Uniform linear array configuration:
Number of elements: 24
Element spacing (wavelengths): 0.5
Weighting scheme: hamming
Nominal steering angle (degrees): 60
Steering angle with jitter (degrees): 59.144
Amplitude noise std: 0.05
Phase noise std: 0.05

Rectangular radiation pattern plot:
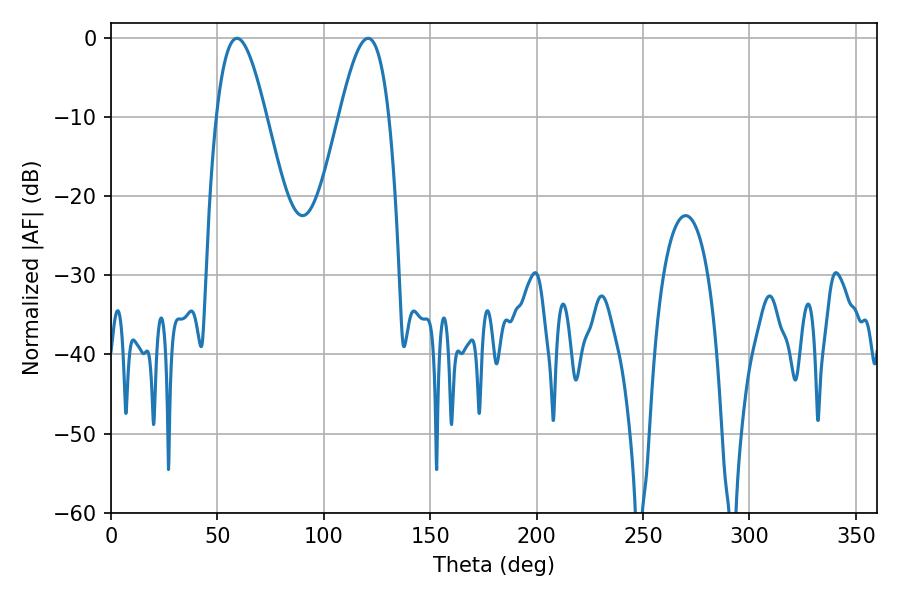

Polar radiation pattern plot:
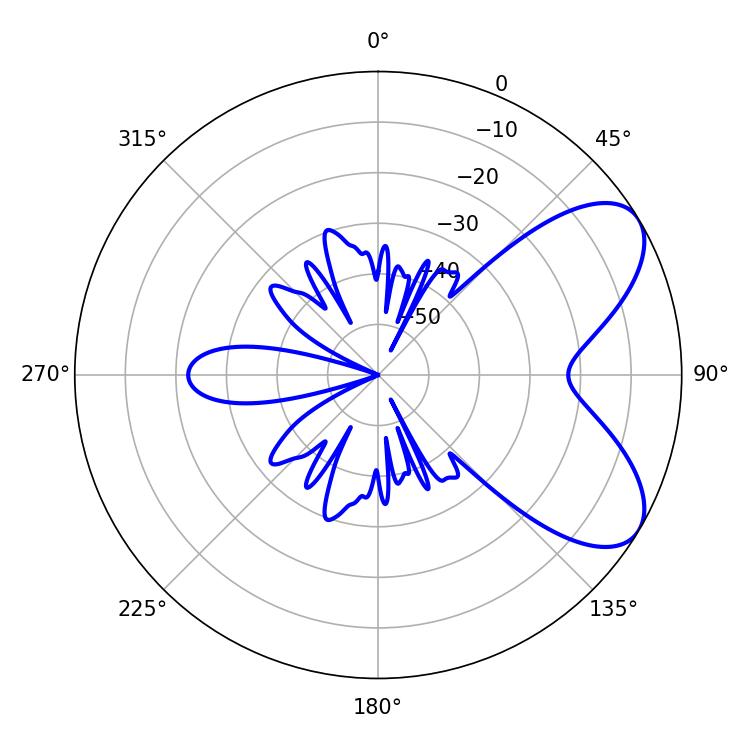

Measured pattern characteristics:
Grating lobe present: FALSE
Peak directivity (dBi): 6.794
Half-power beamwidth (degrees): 12.6
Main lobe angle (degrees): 59.22